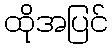
ထိုအပြင်